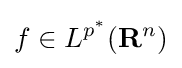
f\in L^{p^{*}}(\mathbf {R} ^{n})